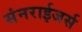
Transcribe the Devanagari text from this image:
संनराईजर्स